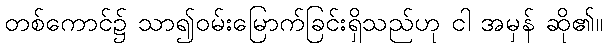
တစ်ကောင်၌ သာ၍ဝမ်းမြောက်ခြင်းရှိသည်ဟု ငါ အမှန် ဆို၏။